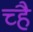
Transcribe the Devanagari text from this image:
च्है